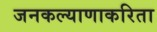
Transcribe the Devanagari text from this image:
जनकल्याणाकरिता